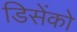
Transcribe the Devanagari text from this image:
डिसेंको